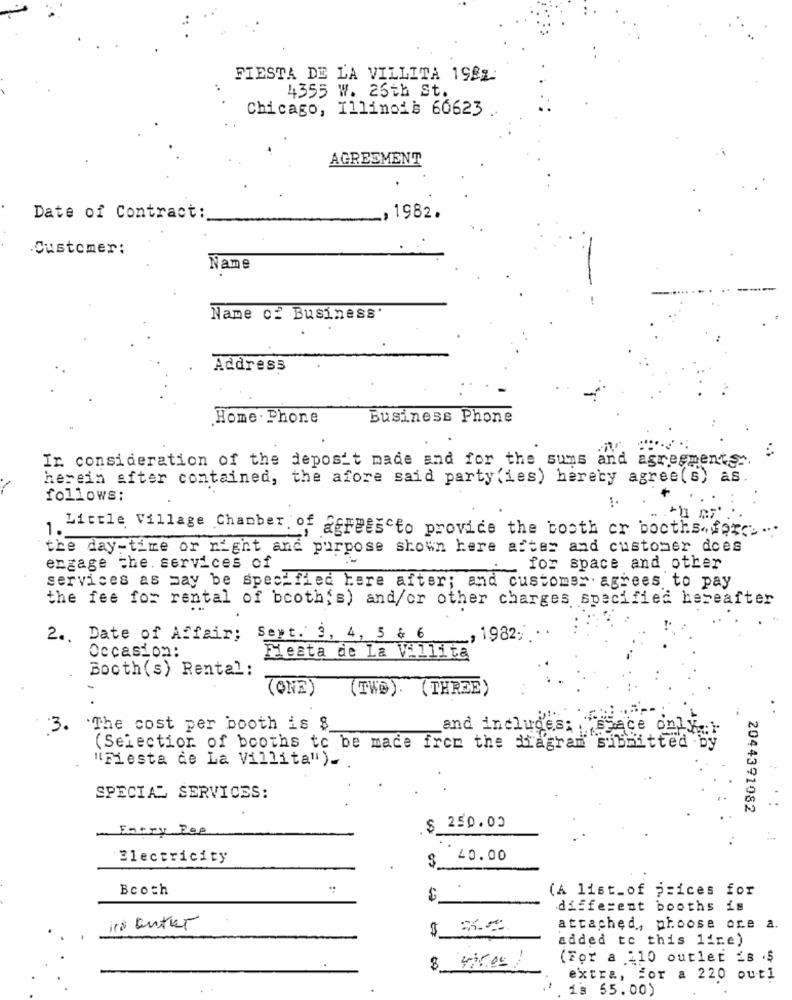
FIESTA DE LA VILLITA 1982
4355 W. 25th St.
Chicago, Illinois 60623
AGREEMENT
Date of Contract:
_, 1982.
.Customer:
Name
Name of Business'
Address
Home . Phone
Business Phone
In consideration of the deposit made and for the suns and agreements ..
herein after contained, the afore said party (ies) herety agree(s) as.
follows:
1.
Little Village Chamber of agreesto provide the booth or booths, for. ...
the day-time or night and purpose shown here after and customer does
engage the. services of
.for space and other
services as may be specified here after; and customer agrees to pay
the fee for rental of booth's) and/or other charges specified hereafter
2 .. Date of Affair;
Sept. 3, 4, 5 & 6 _ , 1982.
Occasion:
Fiesta de La Villita
Booth(s) Rental:
(ONE)
(TWO). ( THREE)
3.
`The cost per booth is $
and includes: ssace only )
(Selection of booths to be made from the diagram siblitted by
"Fiesta de La Villita").
SPECIAL SERVICES:
2044391082
Entry Fee
$ 250.00
Electricity
$
40.00
Bcoth
(A list_of prices for
$
different booths is
in Entier
$ 3.20
attached, phoose ore a.
added to this line)
430.00 /
(For a 110 outlet is .$
extra, for a 220 outl
is 55.00)